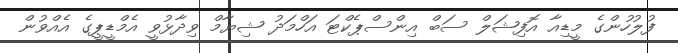
ފުލުހުންގެ މީޑިއާ އޮފިޝަލް ސަބް އިންސްޕެކްޓަ އަހްމަދު ޝިޔާމް ވިދާޅުވީ އެމްޑީޕީގެ އެއްވުން